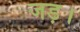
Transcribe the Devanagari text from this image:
जड़।